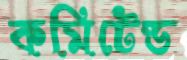
কমিটেড